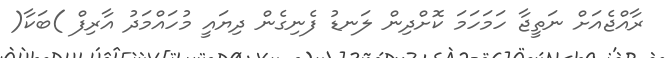
ރާއްޖެއަށް ނަތީޖާ ހަމަހަމަ ކޮށްދިން ލަނޑު ފެނިގެން ދިޔައީ މުހައްމަދު އާރިފް )ބަކާ(